Report of an investigation of the epidemic of malarial fever in Assam, or, kala-azar
Disease focus: Malaria
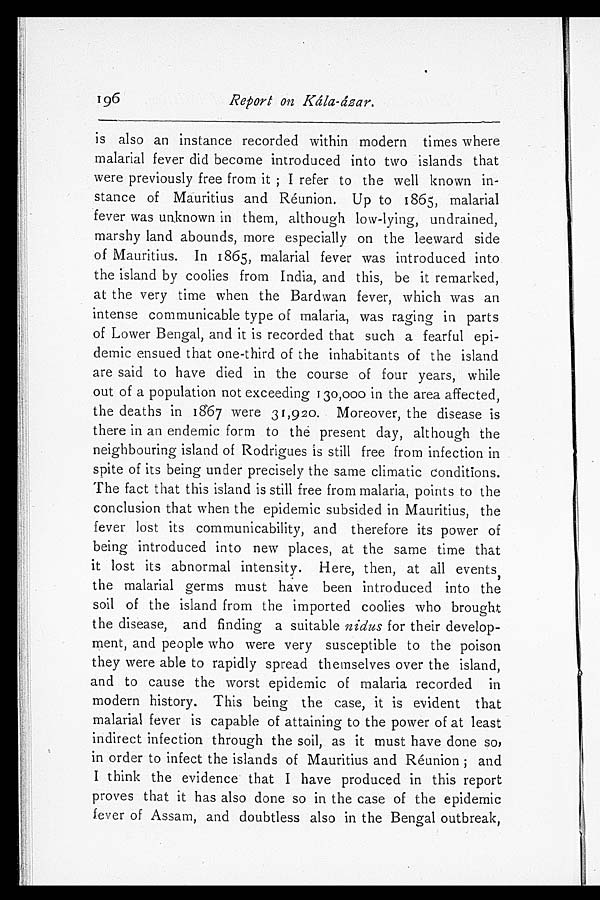
196
Report on Kála-ázar.
is also an instance recorded within modern times where
malarial fever did become introduced into two islands that
were previously free from it; I refer to the well known in--
stance of Mauritius and Réunion, Up to 1865, malarial
fever was unknown in them, although low-lying, undrained,
marshy land abounds, more especially on the leeward side
of Mauritius. In 1865, malarial fever was introduced into
the island by coolies from India, and this, be it remarked,
at the very time when the Bardwan fever, which was an
intense communicable type of malaria, was raging in parts
of Lower Bengal, and it is recorded that such a fearful epi-
-demic ensued that one-third of the inhabitants of the island
are said to have died in the course of four years, while
out of a population not exceeding 130,000 in the area affected,
the deaths in 1867 were 31,920. Moreover, the disease is
there in an endemic form to the present day, although the
neighbouring island of Rodrigues is still free from infection in
spite of its being under precisely the same climatic conditions.
The fact that this island is still free from malaria, points to the
conclusion that when the epidemic subsided in Mauritius, the
fever lost its communicability, and therefore its power of
being introduced into new places, at the same time that
it lost its abnormal intensity. Here, then, at all events,
the malarial germs must have been introduced into the
soil of the island from the imported coolies who brought
the disease, and finding a suitable nidus for their develop
- - m e n t , a n d p e o p l e w h o w e r e v e r y s u s c e p t i b l e t o t h e p o i s o n
they were able to rapidly spread themselves over the island,
and to cause the worst epidemic of malaria recorded in
modern history. This being the case, it is evident that
malarial fever is capable of attaining to the power of at least
indirect infection through the soil, as it must have done so,
in order to infect the islands of Mauritius and Réunion; and
I think the evidence that I have produced in this report
proves that it has also done so in the case of the epidemic
fever of Assam, and doubtless also in the Bengal outbreak,